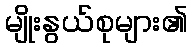
မျိုးနွယ်စုများ၏